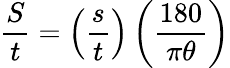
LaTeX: {\frac{S}{t}}=\left({\frac{s}{t}}\right)\left({\frac{180}{\pi\theta}}\right)